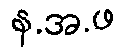
န.အ.ဖ